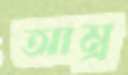
আম্র